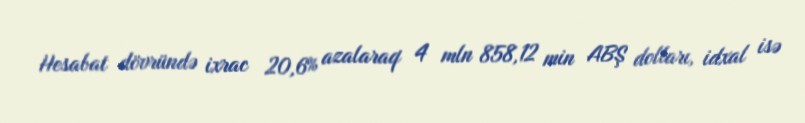
Hesabat dövründə ixrac 20,6% azalaraq 4 mln 858,12 min ABŞ dolları, idxal isə